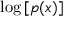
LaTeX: \log \, [ p ( x ) ]